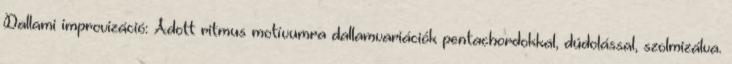
Dallami improvizáció: Adott ritmus motívumra dallamvariációk pentachordokkal, dúdolással, szolmizálva.